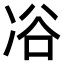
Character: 𠗖